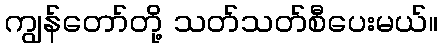
ကျွန်တော်တို့ သတ်သတ်စီပေးမယ်။